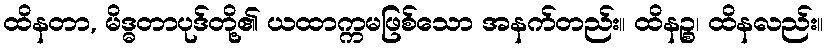
ထိနတာ, မိဒ္ဓတာပုဒ်တို့၏ ယထာက္ကမဖြစ်သော အနက်တည်း။ ထိနဉ္စ၊ ထိနလည်း။